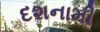
દશનામી